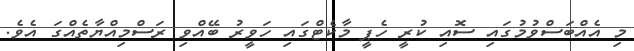
މި އެއްބަސްވުމުގައި ސޮއި ކުރީ ހެޕީ މާކެޓްގައި ހަވީރު ބޭއްވި ރަސްމިއްޔާތެއްގަ އެވެ.